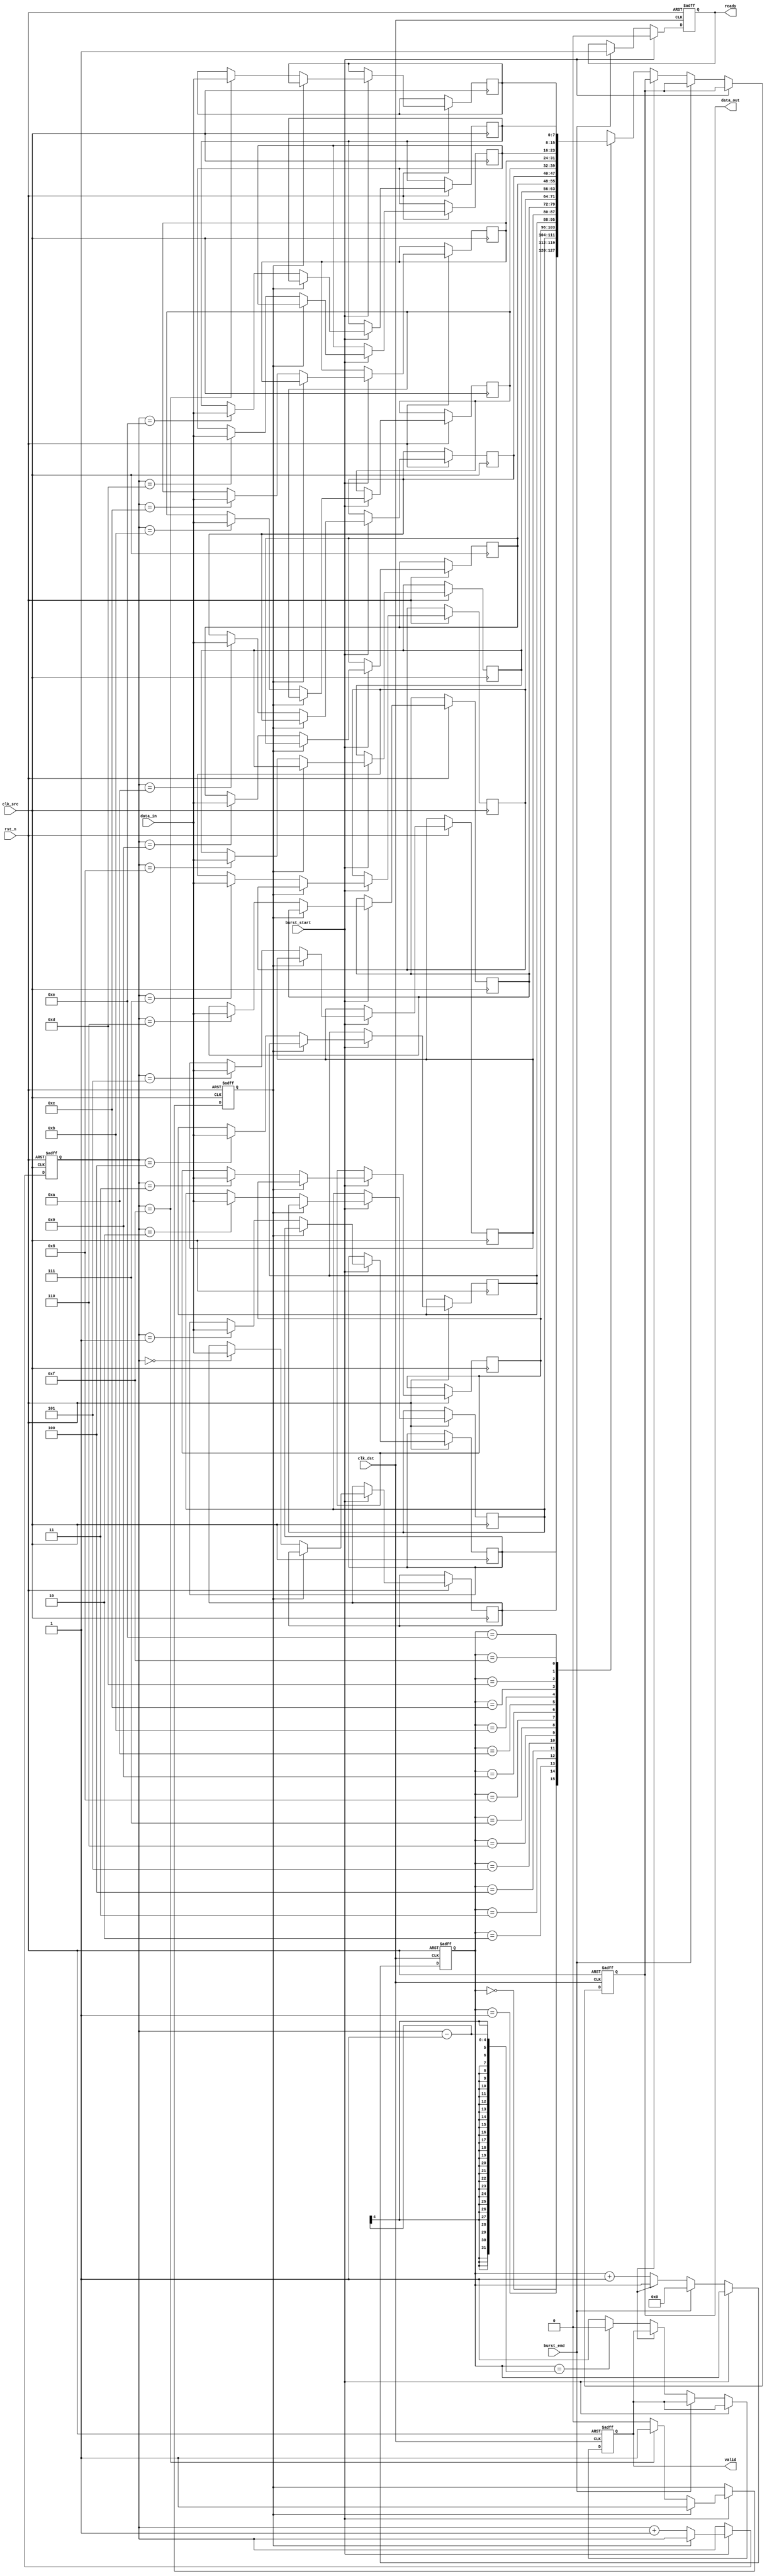
module BurstModeSynchronizer #(
    parameter DATA_WIDTH = 8,  // Width of data bus
    parameter FIFO_DEPTH = 16   // Depth of FIFO buffer
)(
    input wire clk_src,         // Source clock
    input wire clk_dst,         // Destination clock
    input wire rst_n,           // Active low reset signal
    input wire [DATA_WIDTH-1:0] data_in,   // Data input from the source clock domain
    input wire burst_start,     // Signal indicating start of a burst
    input wire burst_end,       // Signal indicating end of a burst
    output reg [DATA_WIDTH-1:0] data_out,   // Synchronized data output to destination
    output reg valid,           // Signal to indicate valid synchronized data
    output reg ready            // Signal to indicate destination is ready to receive data
);

// Internal signals
reg [DATA_WIDTH-1:0] fifo_mem [0:FIFO_DEPTH-1]; // FIFO memory
reg [3:0] write_ptr;          // FIFO write pointer
reg [3:0] read_ptr;           // FIFO read pointer
reg fifo_empty;               // FIFO empty flag
reg fifo_full;                // FIFO full flag

// FIFO management
always @(posedge clk_src or negedge rst_n) begin
    if (!rst_n) begin
        write_ptr <= 0;
        fifo_full <= 0;
    end else if (burst_start) begin
        if (!fifo_full) begin
            fifo_mem[write_ptr] <= data_in;  // Write data to FIFO
            write_ptr <= write_ptr + 1;
            if (write_ptr == FIFO_DEPTH - 1)
                fifo_full <= 1;
        end
    end
end

// Read from FIFO and synchronize data to destination clock domain
always @(posedge clk_dst or negedge rst_n) begin
    if (!rst_n) begin
        read_ptr <= 0;
        data_out <= 0;
        valid <= 0;
        ready <= 1;  // Destination is ready to receive data
    end else if (burst_start) begin
        ready <= 0;  // Not ready to receive data in the middle of a burst
    end else if (burst_end) begin
        ready <= 1;  // Ready to receive data after burst ends
        read_ptr <= 0;  // Reset read pointer after burst
    end else if (!fifo_empty) begin
        data_out <= fifo_mem[read_ptr];  // Read from FIFO
        valid <= 1;  // Data is valid
        read_ptr <= read_ptr + 1;
        if (read_ptr == write_ptr - 1)
            valid <= 0;  // Invalidate data when FIFO is empty
    end
end

// Metastability protection with dual flip-flop synchronizer
reg [DATA_WIDTH-1:0] sync_data1, sync_data2;

always @(posedge clk_src or negedge rst_n) begin
    if (!rst_n) begin
        sync_data1 <= 0;
        sync_data2 <= 0;
    end else begin
        sync_data1 <= data_in;
        sync_data2 <= sync_data1;  // Second flip-flop for metastability protection
    end
end

endmodule